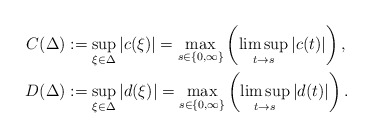
\begin{align*}C(\Delta)&:=\sup_{\xi\in\Delta}|c(\xi)|=\max_{s\in\{0,\infty\}}\left(\limsup_{t\to s}|c(t)|\right),\\D(\Delta)&:=\sup_{\xi\in\Delta}|d(\xi)|=\max_{s\in\{0,\infty\}}\left(\limsup_{t\to s}|d(t)|\right).\end{align*}